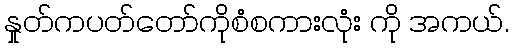
နှုတ်ကပတ်တော်ကိုစံစကားလုံး ကို အကယ်.